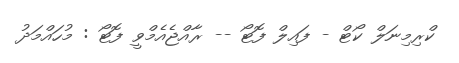
ކްރިމިނަލް ކޯޓް - ފައިލް ފޮޓޯ -- ރާއްޖެއެމްވީ ފޮޓޯ : މުހައްމަދު